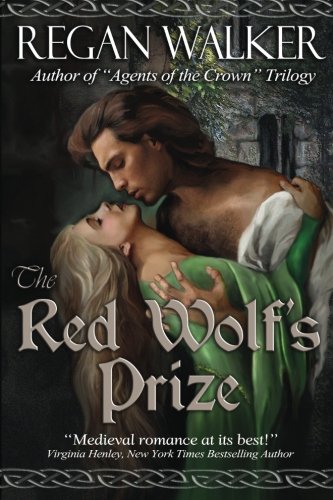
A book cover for The Red Wolf's Prize (Medieval Warriors Book 1); Regan Walker; Romance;